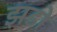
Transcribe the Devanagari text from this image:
झडो